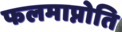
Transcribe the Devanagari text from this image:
फलमाप्नोति